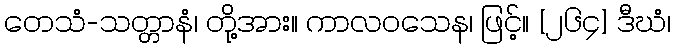
တေသံ-သတ္တာနံ၊ တို့အား။ ကာလဝသေန၊ ဖြင့်။ [၂၆၄] ဒီဃံ၊